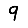
Digit: 9